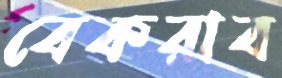
বেকরাব